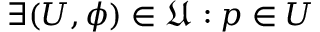
\exists ( U , \phi ) \in { \mathfrak { U } } : p \in U